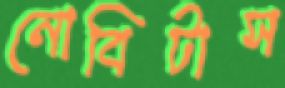
নোবিটাস